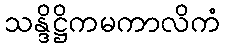
သန္ဒိဋ္ဌိကမကာလိကံ